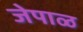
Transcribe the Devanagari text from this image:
जेपाळ